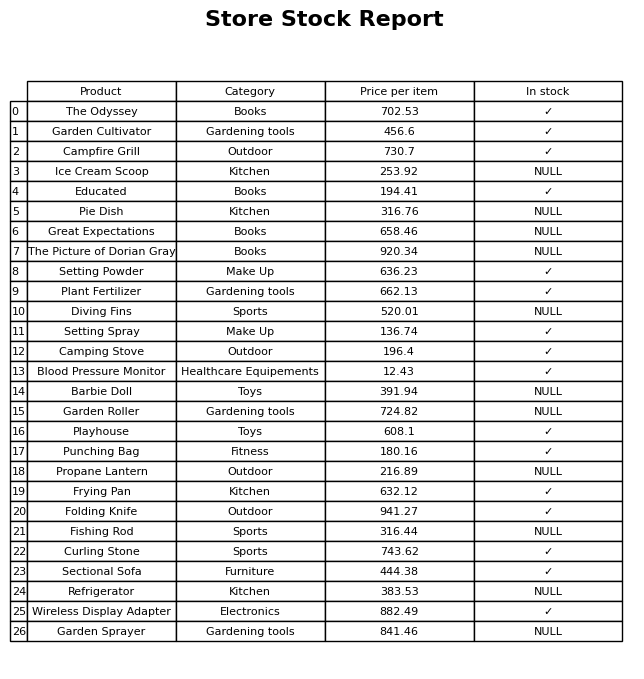
question: What is the stock status of the Blood Pressure Monitor?
answer: ✓